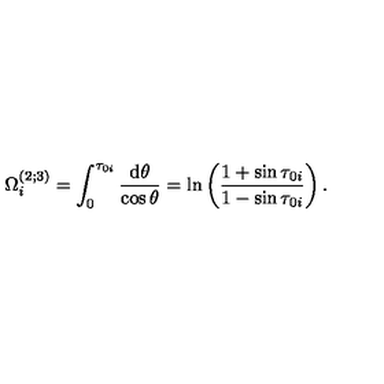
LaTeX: \Omega _ { i } ^ { ( 2 ; 3 ) } = \int _ { 0 } ^ { \tau _ { 0 i } } \frac { \mathrm { d } \theta } { \cos \theta } = \ln \left( \frac { 1 + \sin \tau _ { 0 i } } { 1 - \sin \tau _ { 0 i } } \right) .